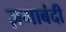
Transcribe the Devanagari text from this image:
ज़माबंदी